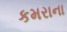
કમરાના